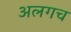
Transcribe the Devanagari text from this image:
अलगच